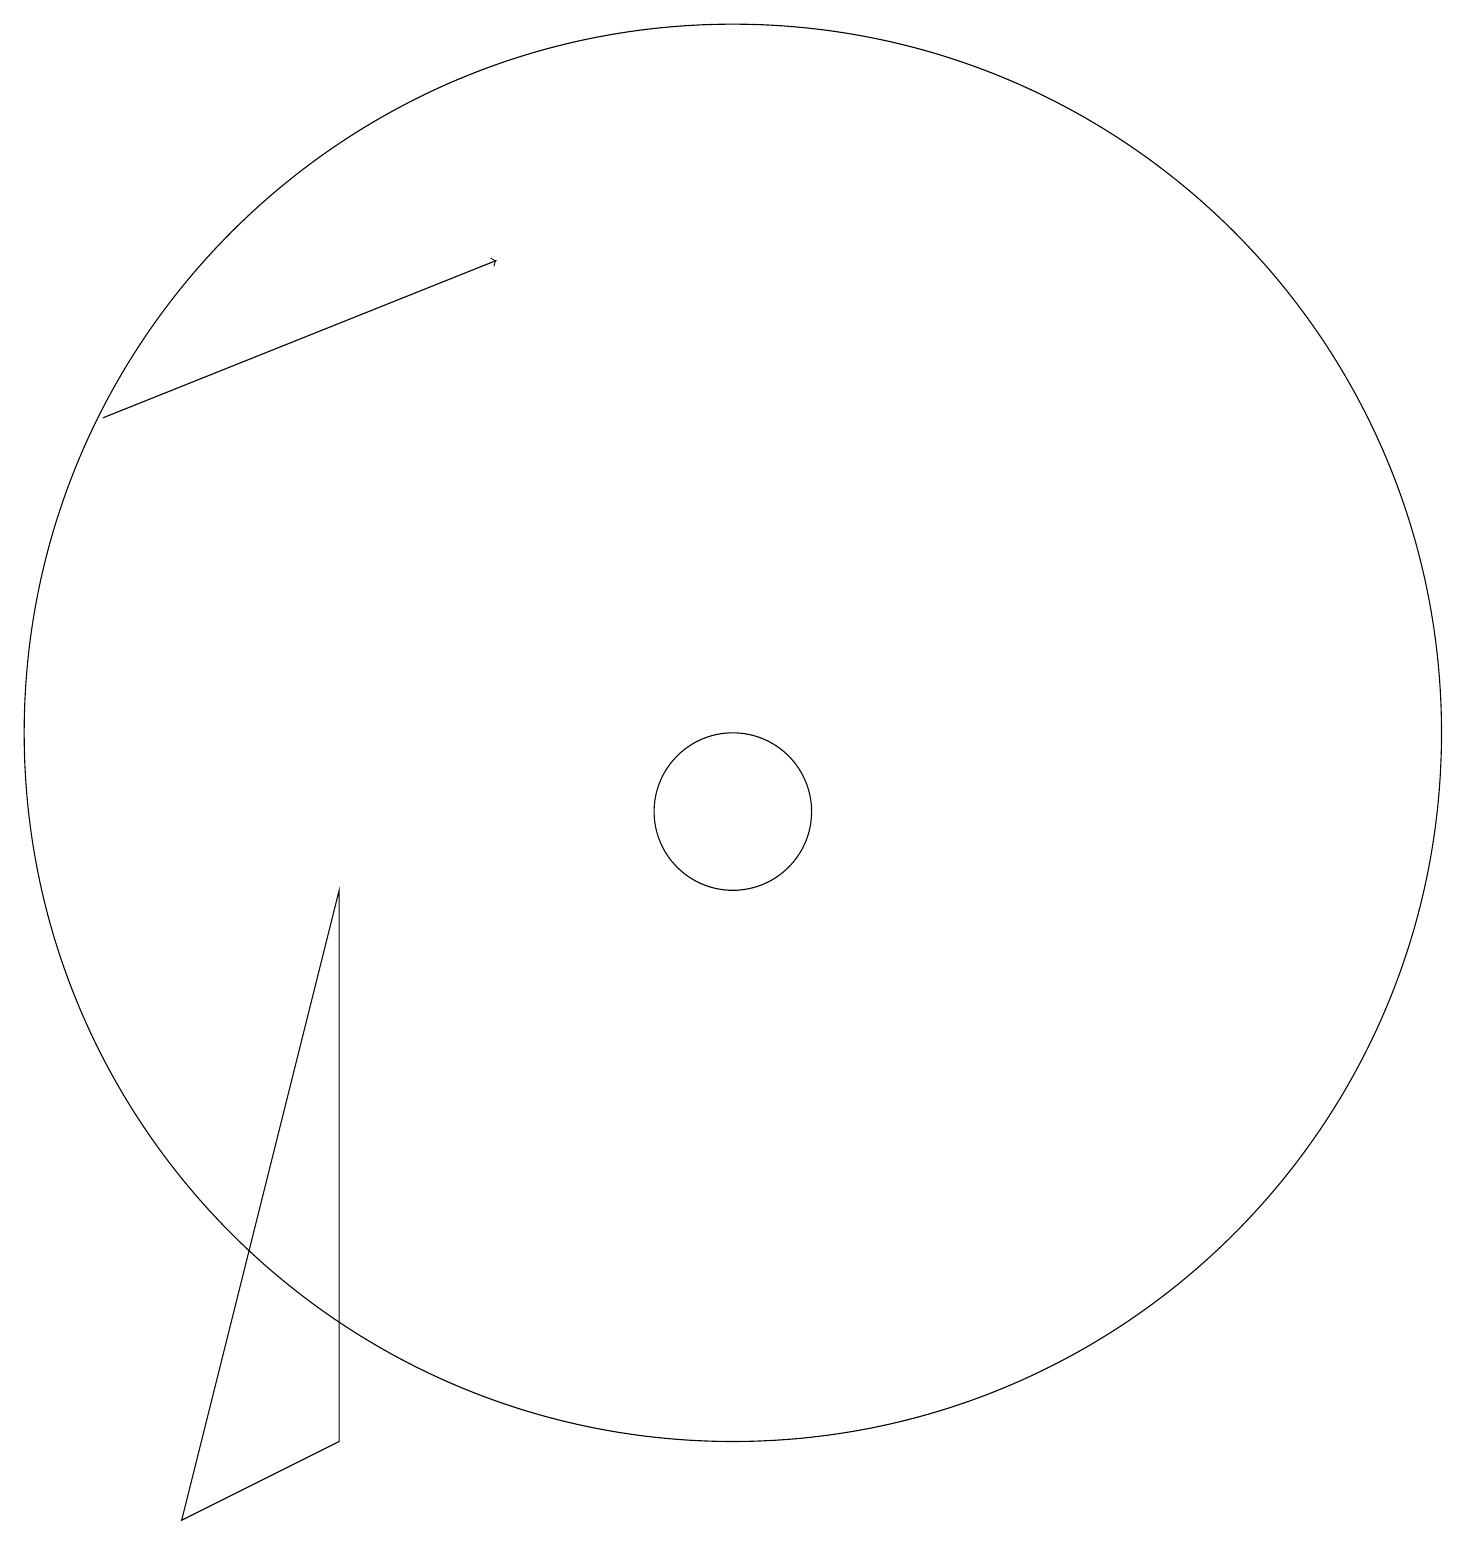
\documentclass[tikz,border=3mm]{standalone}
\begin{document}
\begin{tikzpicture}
\draw (10,10) circle (1);
\draw (10,11) circle (9);
\draw[->] (2,15) -- (7,17);
\draw (5,9) -- (3,1) -- (5,2) -- cycle;
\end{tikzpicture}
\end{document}